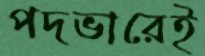
পদভারেই